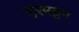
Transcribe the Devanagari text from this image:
हरमट्टम